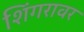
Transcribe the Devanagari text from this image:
शिंगरावर